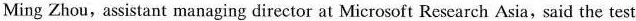
Ming Zhou, assistant managing director at Microsoft Research Asia,said the test